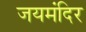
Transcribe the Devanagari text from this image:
जयमंदिर